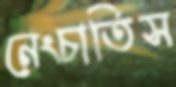
নেংচাতিস